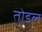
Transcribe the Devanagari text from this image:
तोडल